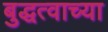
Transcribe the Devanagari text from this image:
बुद्धत्वाच्या